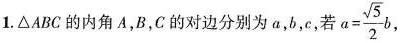
1. \triangle ABC的内角A，B，C的对边分别为a，b，c，若 $$a= \frac{ \sqrt{5}}{2}b$$ ,